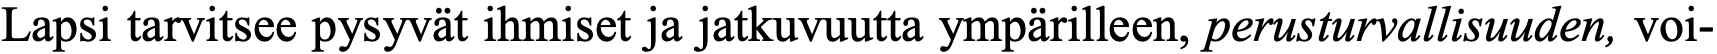
Lapsi tarvitsee pysyvät ihmiset ja jatkuvuutta ympärilleen, perusturvallisuuden, voi-